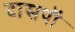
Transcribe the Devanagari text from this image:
दासपॉ